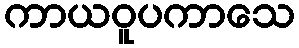
ကာယဝူပကာသေ